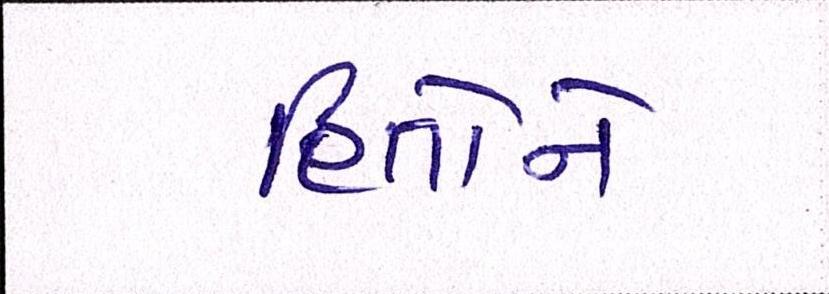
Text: હિતોને